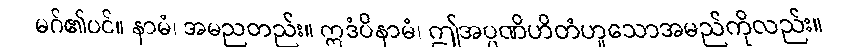
မဂ်၏ပင်။ နာမံ၊ အမညတည်း။ ဣဒံပိနာမံ၊ ဤအပ္ပဏိဟိတံဟူသောအမည်ကိုလည်း။